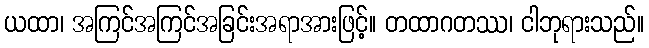
ယထာ၊ အကြင်အကြင်အခြင်းအရာအားဖြင့်။ တထာဂတဿ၊ ငါဘုရားသည်။